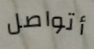
أتواصل